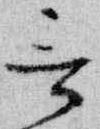
言